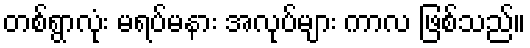
တစ်ရွာလုံး မရပ်မနား အလုပ်များ ကာလ ဖြစ်သည်။